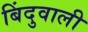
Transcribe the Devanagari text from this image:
बिंदुवाली